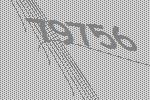
79756